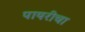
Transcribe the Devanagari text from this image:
पायरीचा